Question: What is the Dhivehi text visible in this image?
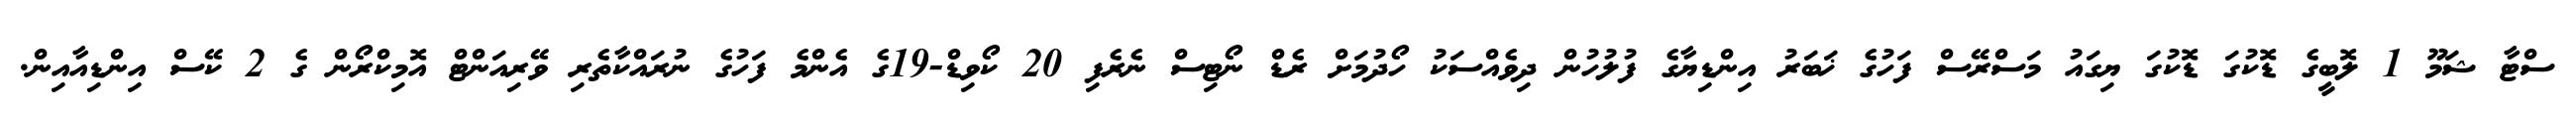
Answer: ސްޓާ ޝަމޫ 1 ލޮބީގެ ޑޮކުގަ ޑޮކުގަ ޔިގައު މަސްރޭސް ފަހުގެ ޚަބަރު އިންޑިޔާގެ ފުލުހުން ދިވެއްސަކު ހޯދުމަށް ރެޑް ނޯޓިސް ނެރެފި 20 ކޯވިޑް-19ގެ އެންމެ ފަހުގެ ނުރައްކާތެރި ވޭރިއަންޓް އޮމިކްރޯން ގެ 2 ކޭސް އިންޑިއާއިން.